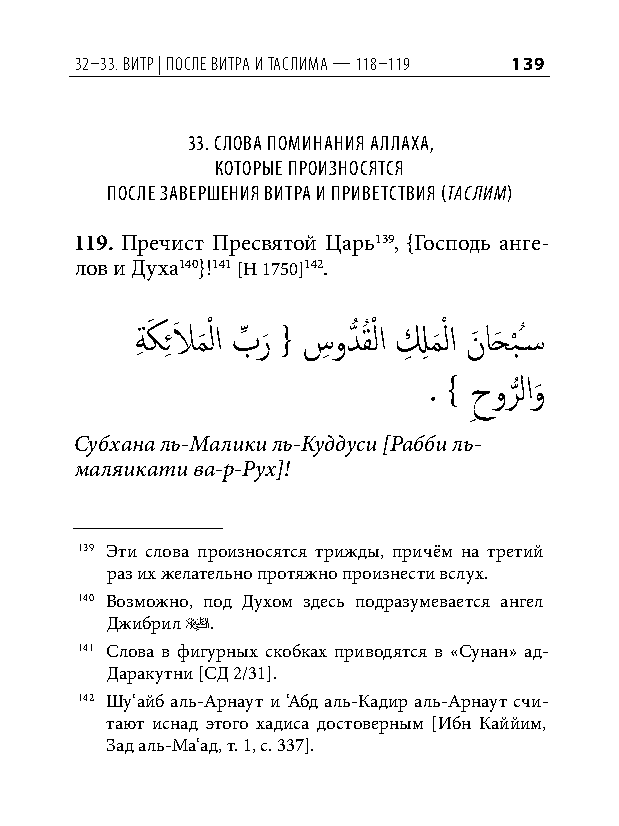
32–33. витр | После витра и таслима — 118–119 139
 33. Слова поминания аллаха,
 которые произноСятСя
 поСле завершения витра и приветСтвия (таслим)
 119. Пречист Пресвятой Царь139, {Господь анге-
 лов и Духа140}!141 [Н 1750]142.
 ةِ كَ ِ ئلاَ م
 َ
 ْ لا بِّ ر
 َ
 { سِ ودُّ قُ ْ لا لِ ِ م
 َ
 ْ لا نَ احَ ب
 ْ
 ُس�
 . } حورلاو
 ِ  ُّ َ
 Субхана ль-Малики ль-Куддуси [Рабби ль-
 маляикати ва-р-Рух]!
 139 Эти слова произносятся трижды, причём на третий
 раз их желательно протяжно произнести вслух.
 140 Возможно, под Духом здесь подразумевается ангел
 Джибрил u.
 141 Слова в фигурных скобках приводятся в «Сунан» ад-
 Даракутни [СД 2/31].
 142 Шу‘айб аль-Арнаут и ‘Абд аль-Кадир аль-Арнаут счи-
 тают иснад этого хадиса достоверным [Ибн Каййим,
 Зад аль-Ма‘ад, т. 1, с. 337].